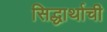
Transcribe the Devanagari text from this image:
सिद्धार्थाची